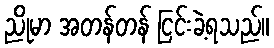
ညိုမာ အတန်တန် ငြင်းခဲ့ရသည်။